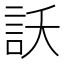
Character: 訞